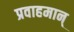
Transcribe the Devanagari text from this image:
प्रवाहमान्